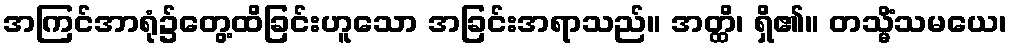
အကြင်အာရုံ၌တွေ့ထိခြင်းဟူသော အခြင်းအရာသည်။ အတ္ထိ၊ ရှိ၏။ တသ္မိံသမယေ၊